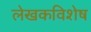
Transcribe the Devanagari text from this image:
लेखकविशेष